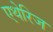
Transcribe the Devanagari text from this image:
एथेरिज